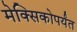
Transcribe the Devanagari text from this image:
मेक्सिकोपर्यंत